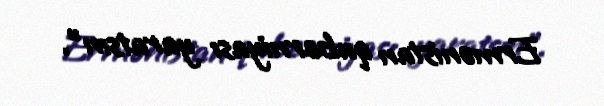
Ermənistan quberniyası yaratsın”.